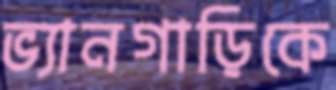
ভ্যানগাড়িকে